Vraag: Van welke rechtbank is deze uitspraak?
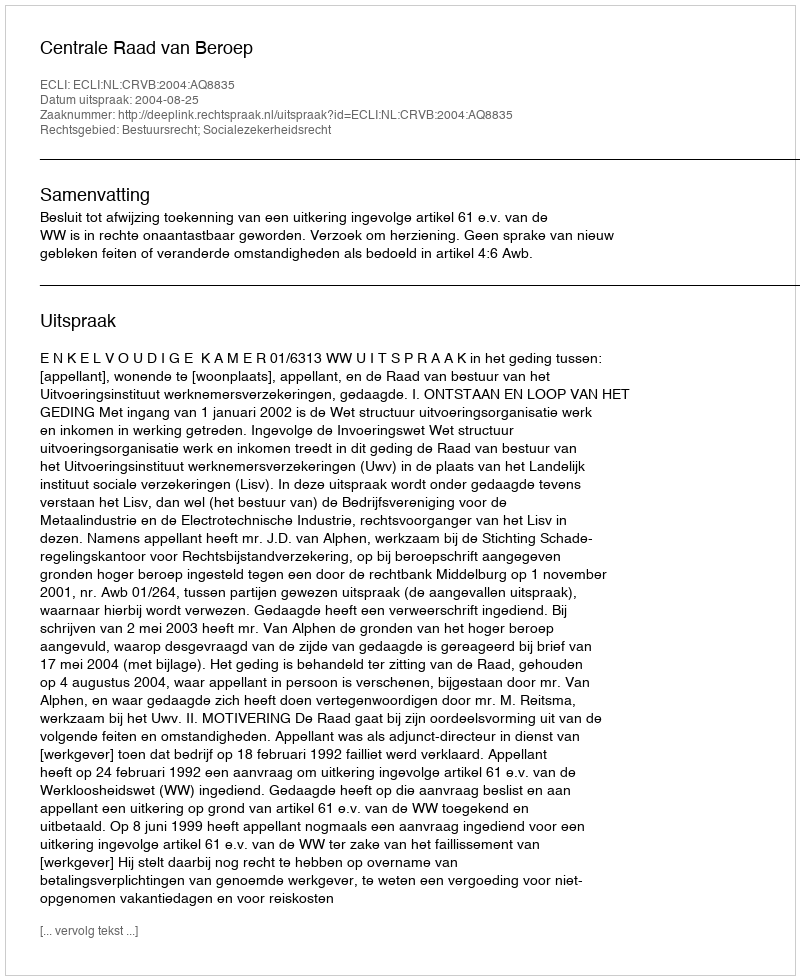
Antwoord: Centrale Raad van Beroep